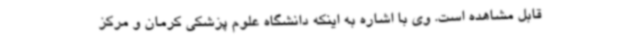
قابل مشاهده است. وی با اشاره به اینکه دانشگاه علوم پزشکی کرمان و مرکز